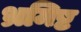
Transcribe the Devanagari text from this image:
भ्रमिष्ट